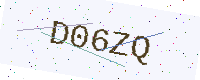
Text: D06ZQ